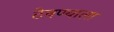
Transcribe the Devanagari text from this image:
ठेवण्याला